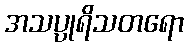
အသပ္ပုရိသတရော